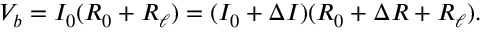
V _ { b } = I _ { 0 } ( R _ { 0 } + R _ { \ell } ) = ( I _ { 0 } + \Delta I ) ( R _ { 0 } + \Delta R + R _ { \ell } ) .